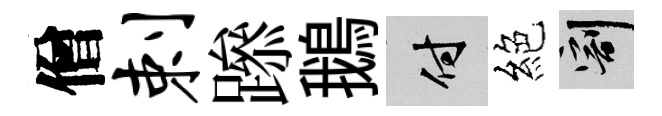
僧剌𨅶鵝付絕割